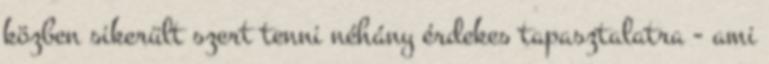
közben sikerült szert tenni néhány érdekes tapasztalatra - ami